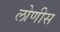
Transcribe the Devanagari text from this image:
लोणीस